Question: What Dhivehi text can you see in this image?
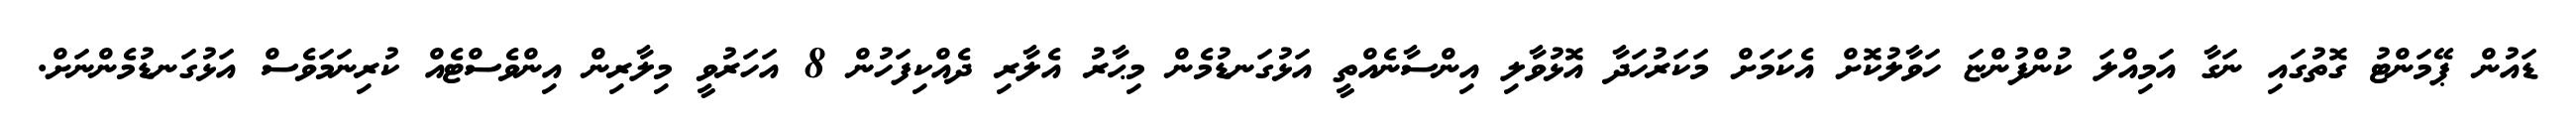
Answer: ޑައުން ޕޭމަންޓު ގޮތުގައި ނަގާ އަމިއްލަ ކުންފުންޏަ ހަވާލުކޮށް އެކަމަށް މަކަރުހަދާ އޮޅުވާލި އިންސާނެއްތީ އަޅުގަނޑުމެން މިޙާރު އެލާރި ދެއްކިފަހުން 8 އަހަރުވީ މިލާރިން އިންވެސްޓެއް ކުރިނަމަވެސް އަޅުގަނޑުމެންނަށް.